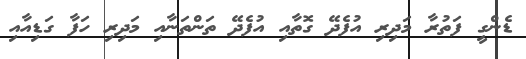
ޑެންގީ ފަތުރާ މަދިރި އުފެދޭ ގޮތާއި އުފެދޭ ތަންތަނާއި މަދިރި ހަފާ ގަޑިއާއި